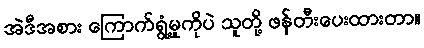
အဲဒီအစား ကြောက်ရွံ့မှုကိုပဲ သူတို့ ဖန်တီးပေးထားတာ။